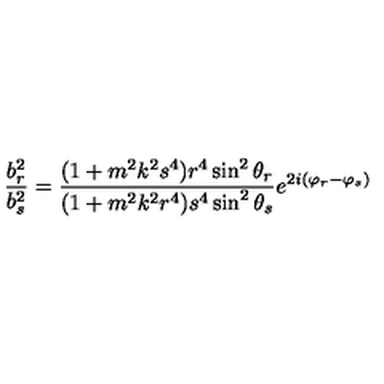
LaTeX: \frac { b _ { r } ^ { 2 } } { b _ { s } ^ { 2 } } = \frac { ( 1 + m ^ { 2 } k ^ { 2 } s ^ { 4 } ) r ^ { 4 } \sin ^ { 2 } \theta _ { r } } { ( 1 + m ^ { 2 } k ^ { 2 } r ^ { 4 } ) s ^ { 4 } \sin ^ { 2 } \theta _ { s } } e ^ { 2 i ( \varphi _ { r } - \varphi _ { s } ) }